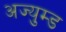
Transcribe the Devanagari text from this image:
अज्युम्ड